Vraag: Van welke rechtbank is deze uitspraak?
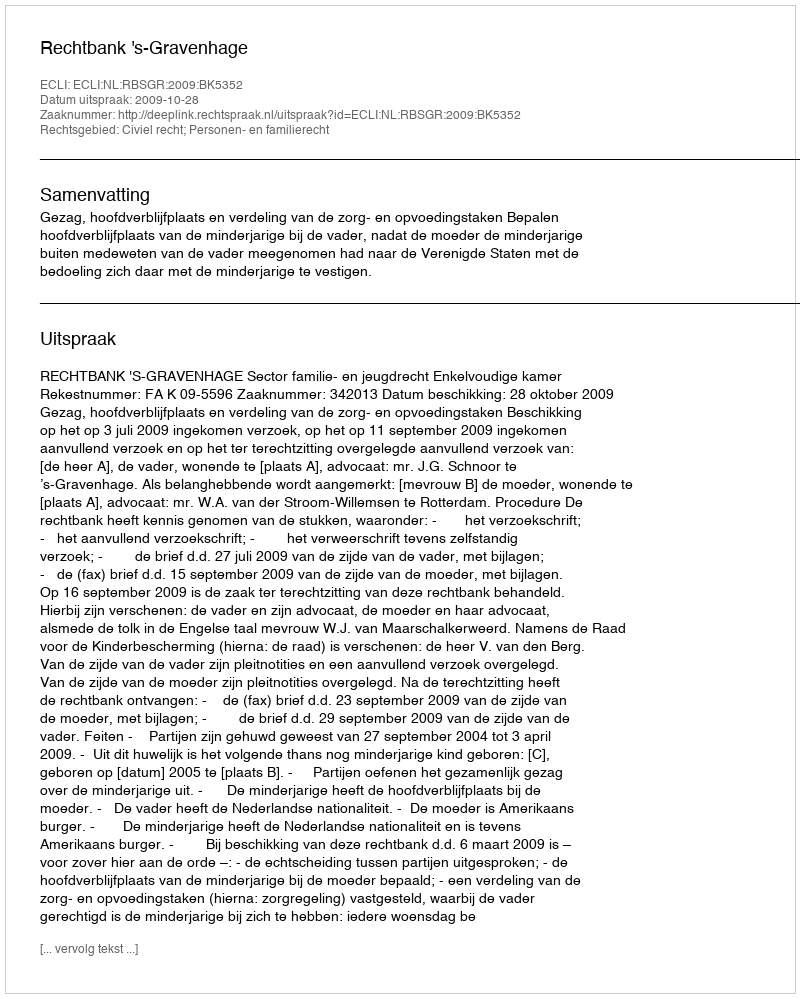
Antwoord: Rechtbank 's-Gravenhage